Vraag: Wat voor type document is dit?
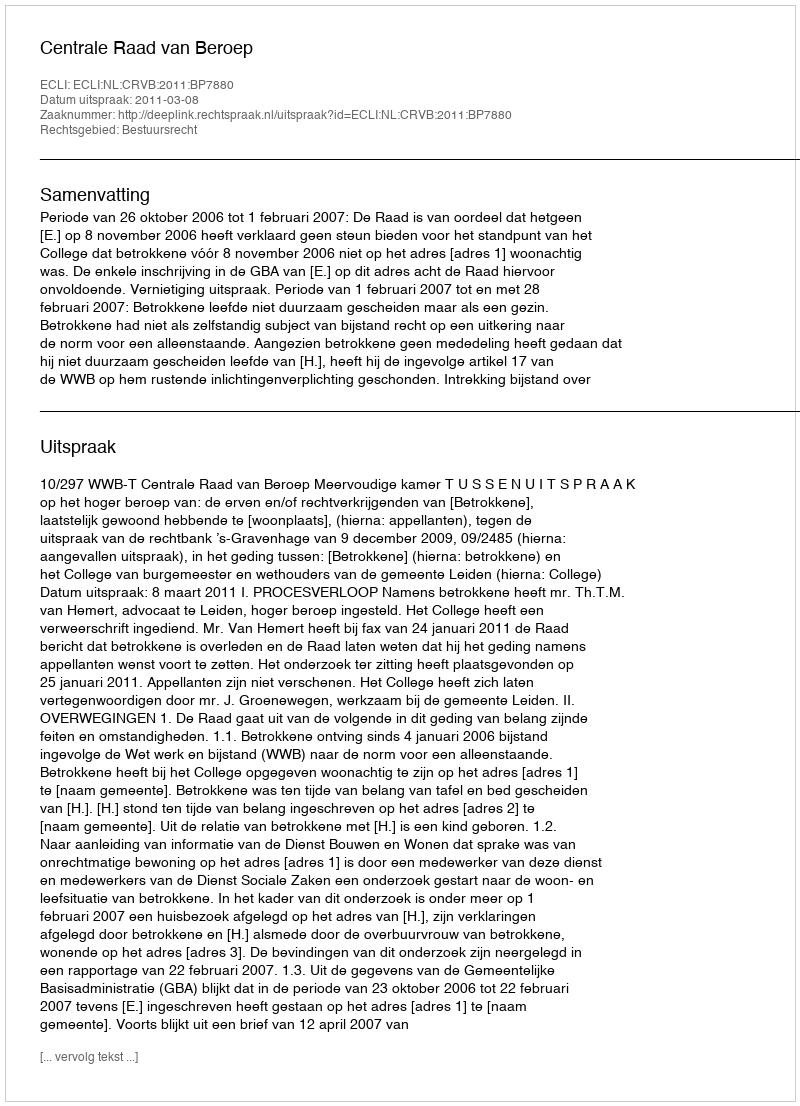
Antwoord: Uitspraak